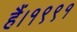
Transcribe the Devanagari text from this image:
हैं।१९९१